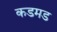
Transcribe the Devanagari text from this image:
कडमड